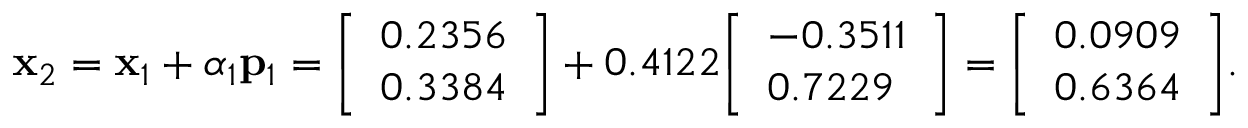
\mathbf { x } _ { 2 } = \mathbf { x } _ { 1 } + \alpha _ { 1 } \mathbf { p } _ { 1 } = { \left[ \begin{array} { l } { 0 . 2 3 5 6 } \\ { 0 . 3 3 8 4 } \end{array} \right] } + 0 . 4 1 2 2 { \left[ \begin{array} { l } { - 0 . 3 5 1 1 } \\ { 0 . 7 2 2 9 } \end{array} \right] } = { \left[ \begin{array} { l } { 0 . 0 9 0 9 } \\ { 0 . 6 3 6 4 } \end{array} \right] } .